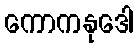
ကောကနုဒေါ